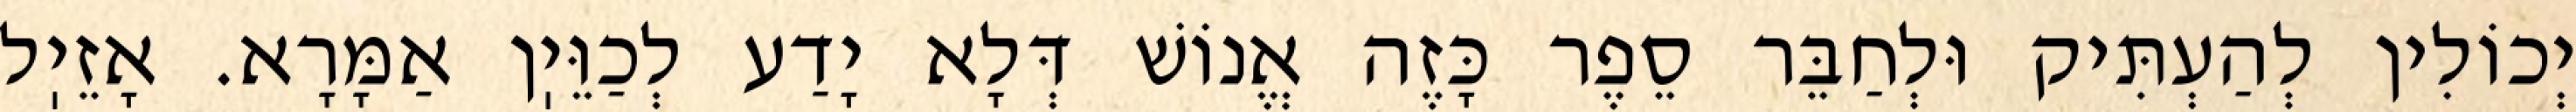
יְכוֹלִין לְהַעְתִּיק וּלְחַבֵּר סֵפֶר כָּזֶה אֱנוֹשׁ דְּלָא יָדַע לְכַוֵּיֽן אַמָּרָא. אָזֵיֽל